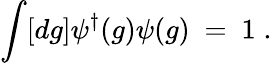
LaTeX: \int[dg]\psi^{\dagger}(g)\psi(g)~=~1\; .